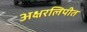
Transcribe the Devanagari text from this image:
अक्षरलिपीत